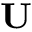
\mathbf { U }